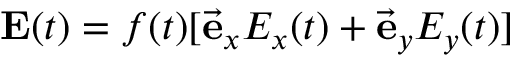
\mathbf { E } ( t ) = f ( t ) [ \vec { \mathbf { e } } _ { x } E _ { x } ( t ) + \vec { \mathbf { e } } _ { y } E _ { y } ( t ) ]